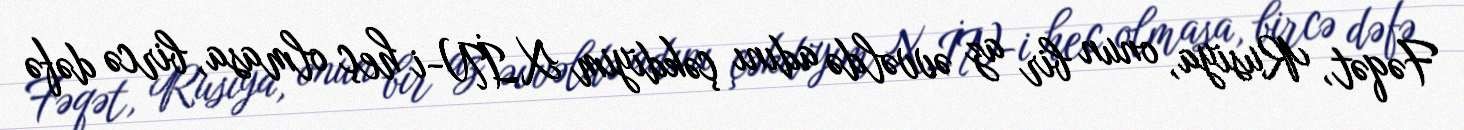
Fəqət, Rusiya, onun bir az əvvəldə adını çəkdiyim XİN-i heç olmasa, bircə dəfə